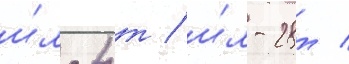
и́л-4т / и́л-28т /